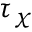
\tau _ { \chi }